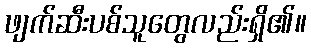
ဖျက်ဆီးပစ်သူတွေလည်းရှိ၏။